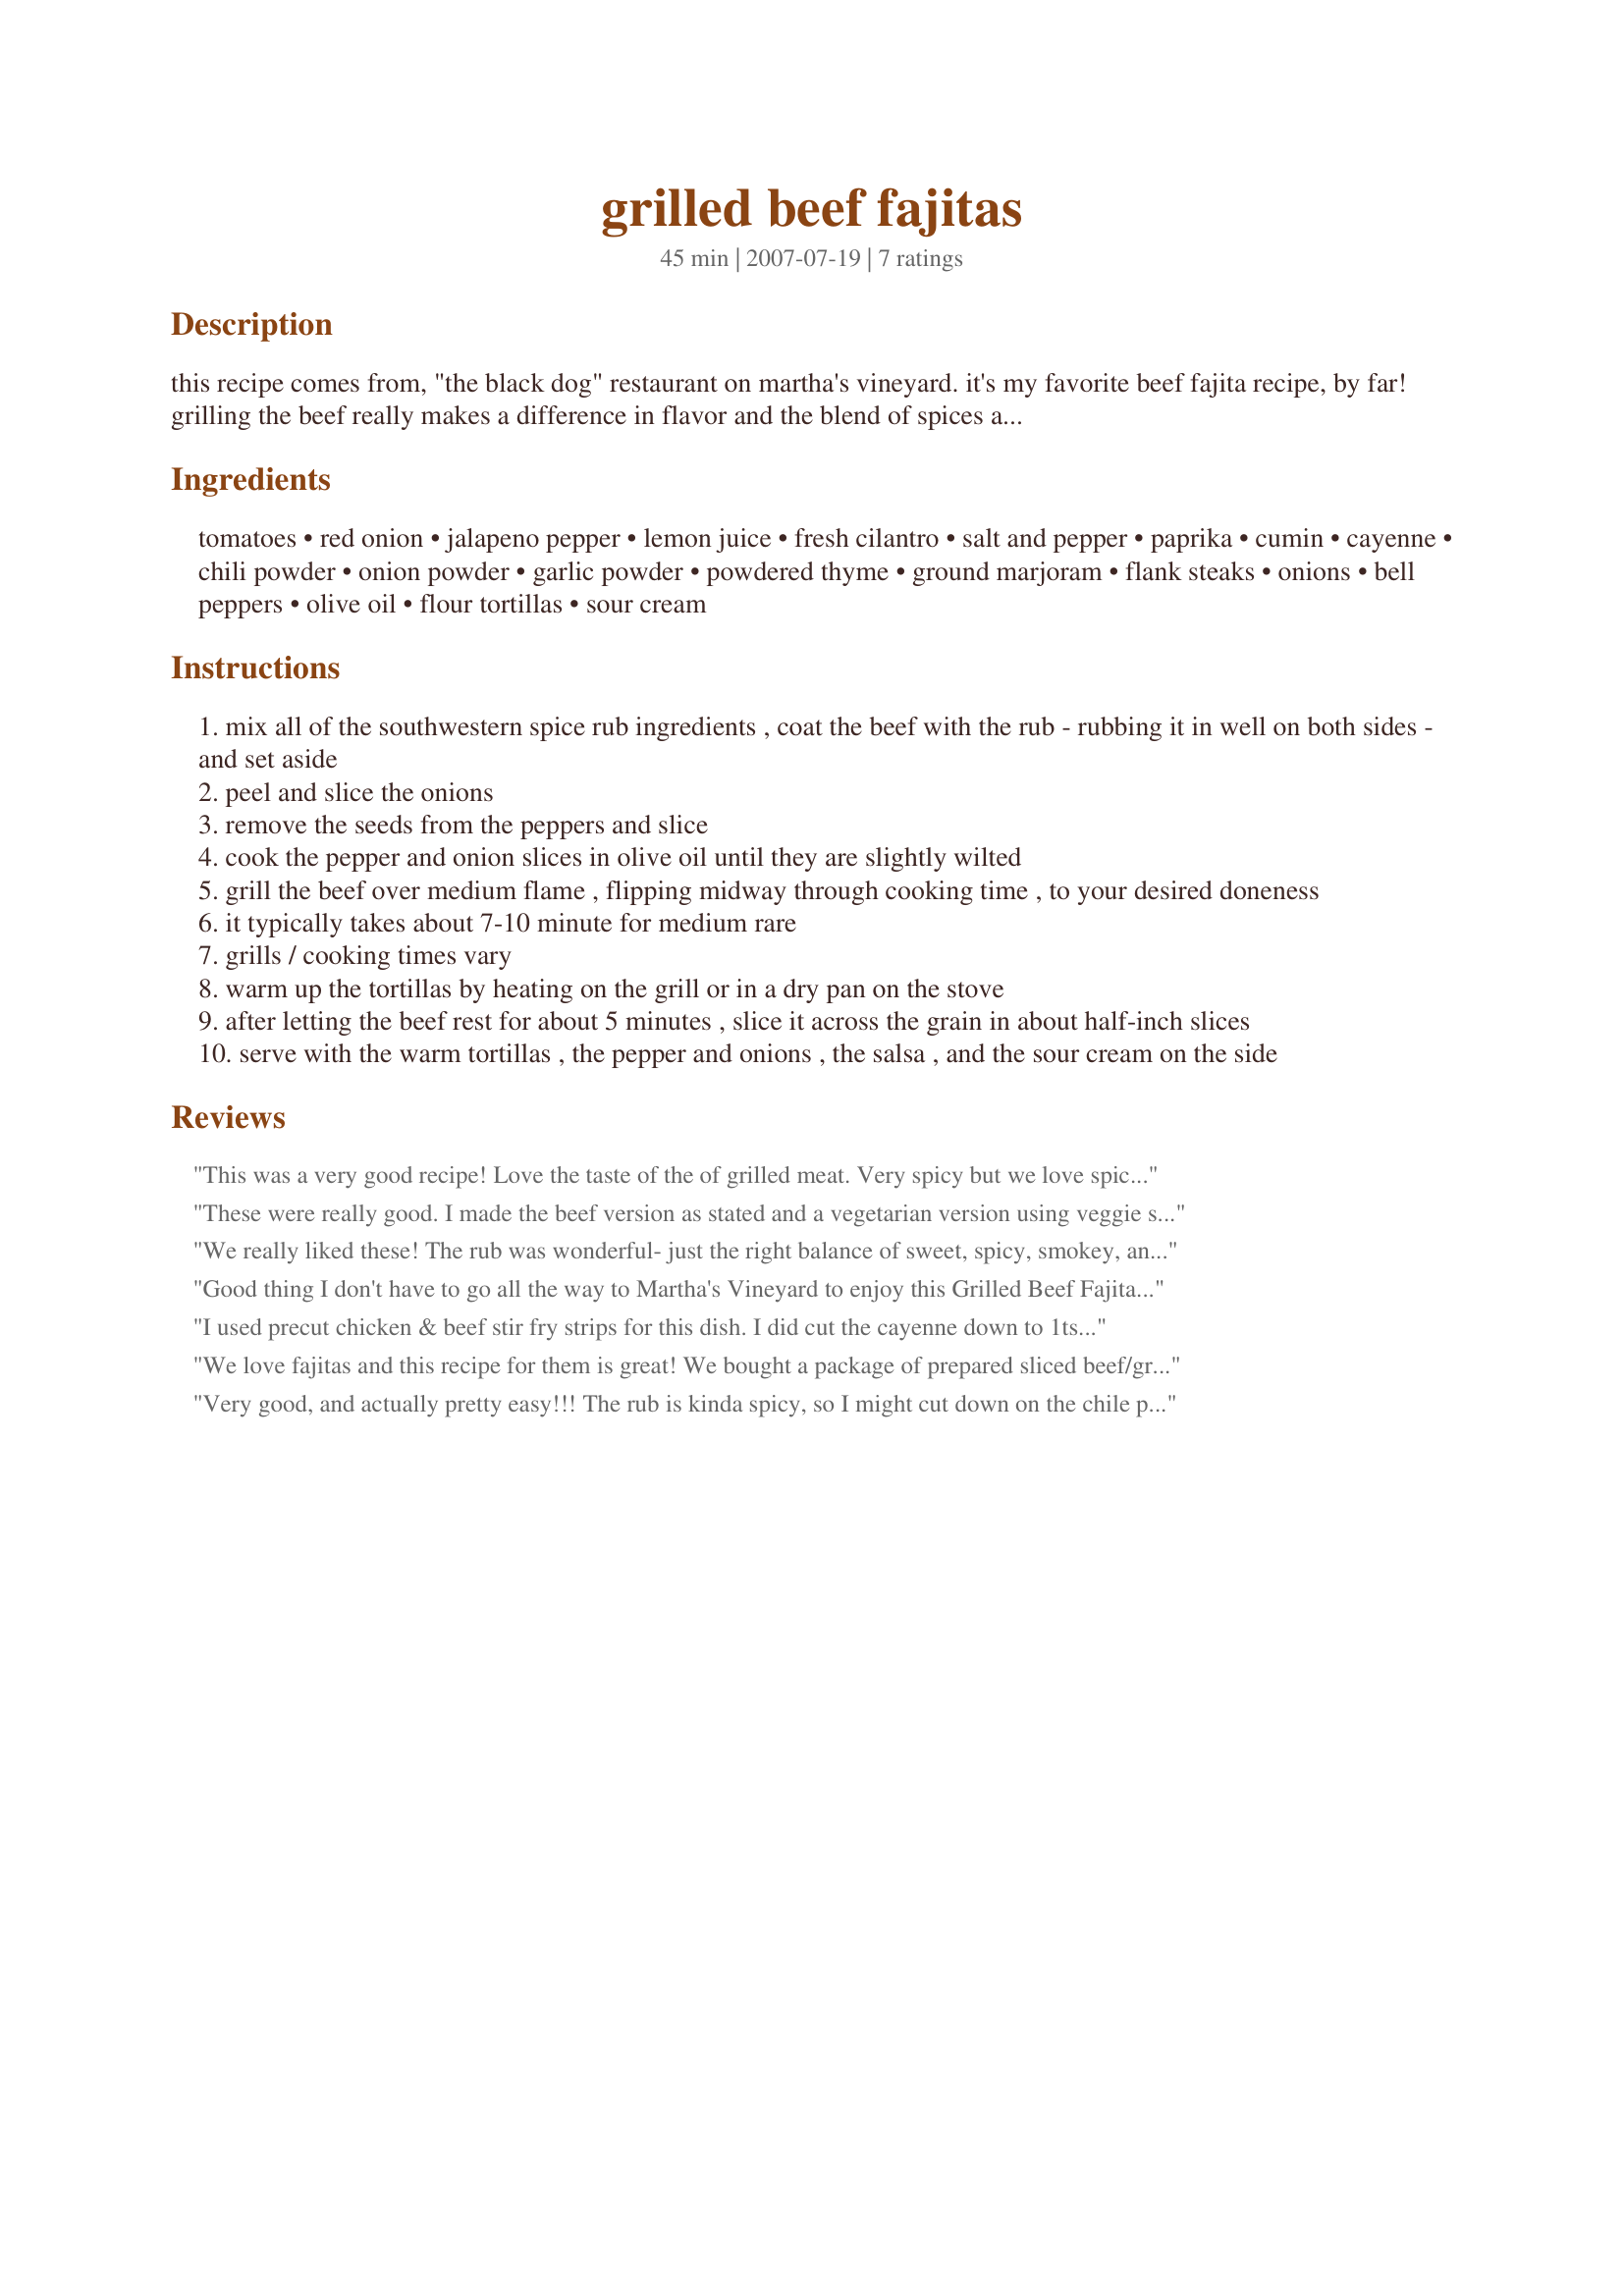
grilled beef fajitas
Preparation time: 45 minutes

this recipe comes from, "the black dog" restaurant on martha's vineyard. it's my favorite beef fajita recipe, by far! grilling the beef really makes a difference in flavor and the blend of spices are perfect. however, if you don't want to grill, the beef can be done using a cast iron pan on the stovetop. the beef will have a more intense flavor if you let it sit in the refrigerator for a few hours after applying the dry rub. you can also make the salsa, slice the onions and peppers ahead of time. whether you're entertaining or just have a hankering for a really good beef fajita, this recipe rocks.

Ingredients:
tomatoes, red onion, jalapeno pepper, lemon juice, fresh cilantro, salt and pepper, paprika, cumin, cayenne, chili powder, onion powder, garlic powder, powdered thyme, ground marjoram, flank steaks, onions, bell peppers, olive oil, flour tortillas, sour cream

Steps:
mix all of the southwestern spice rub ingredients , coat the beef with the rub - rubbing it in well on both sides - and set aside
peel and slice the onions
remove the seeds from the peppers and slice
cook the pepper and onion slices in olive oil until they are slightly wilted
grill the beef over medium flame , flipping midway through cooking time , to your desired doneness
it typically takes about 7-10 minute for medium rare
grills / cooking times vary
warm up the tortillas by heating on the grill or in a dry pan on the stove
after letting the beef rest for about 5 minutes , slice it across the grain in about half-inch slices
serve with the warm tortillas , the pepper and onions , the salsa , and the sour cream on the side

Reviews:
This was a very good recipe! Love the taste of the of grilled meat. Very spicy but we love spice so it worked out well for us. Made some home made tortillas and we gobbled it down. Great recipe. Made it for prmr!
These were really good. I made the beef version as stated and a vegetarian version using veggie sausage patties. I tossed the onions and peppers with the oil and then grilled them rather than frying them. I think we're not really crazy about cilantro though I keep trying to acquire a taste for it. That's the only thing I would change in this recipe. Made for ZWT8
We really liked these! The rub was wonderful- just the right balance of sweet, spicy, smokey, and herbal (from the thyme and marjoram). I wish I had let the steaks sit longer in it before grilling. I used Sirloin steaks (on hand) and since they were not as thin as skirt or flank, the flavors didn't penetrate as deeply. Making this again, I'd definitely choose skirt steak. The salsa had a really nice bite to it from the jalepeno, and was a great complement to the steak. The only change there was to add some garlic to the mix. Overall, a very nice dinner from the grill. Made for ZWT8
Good thing I don't have to go all the way to Martha's Vineyard to enjoy this Grilled Beef Fajitas (much as I would like to!) Other then going light on the cayenne and subbing parsley for a good part of the cilantro I made as posted - no need to be heading to the city when I want a good fajita! Thank you - we enjoyed.
I used precut chicken & beef stir fry strips for this dish. I did cut the cayenne down to 1tsp but other than that the rub was made as directed. I didn't make the salsa since I already had some store bought kind. Made for 123 HITS
We love fajitas and this recipe for them is great! We bought a package of prepared sliced beef/green bell peppers/onions (labeled pepper steak) from the butcher dept. of our grocery store to make this easy. We seasoned the beef with the dry rub but in lieu of the cayenne and chili powders, we used just 1 tsp of ground chipolte peppers (from McCormick) and that was the perfect 'kick' for our tastes. We saute'd the peppers and onions first in the cast iron fry pan, then added the beef for just a minute or two. We didn't make the salsa, but did serve with guacamole, lettuce, and tomato for a great lunch. The rub adds fantastic flavor to these fajitas. Thanks for posting. :)
Very good, and actually pretty easy!!! The rub is kinda spicy, so I might cut down on the chile powder next time, but I think the type of chile powder I was using had quite a kick to it. The kids ate it up, but downed a lot of milk too!!!
